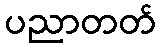
ပညာတတ်